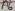
Text: D3